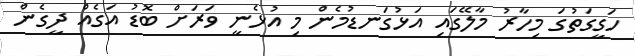
ހަގީގަތުގަ މިހާރު މާލޭގައި އަޅުގަނޑުމެން މި އުޅެނީ ވަރަށް ބޮޑު އަގެއް ދީގެން